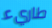
طاريء